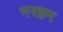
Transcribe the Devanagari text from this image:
नरहन